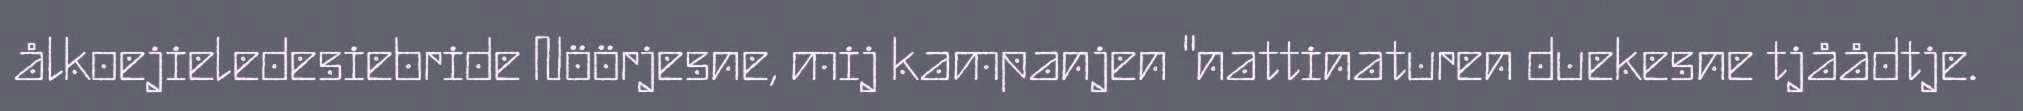
ålkoejieledesiebride Nöörjesne, mij kampanjen "nattinaturen duekesne tjåådtje.